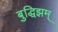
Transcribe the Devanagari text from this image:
बुद्धिझम्